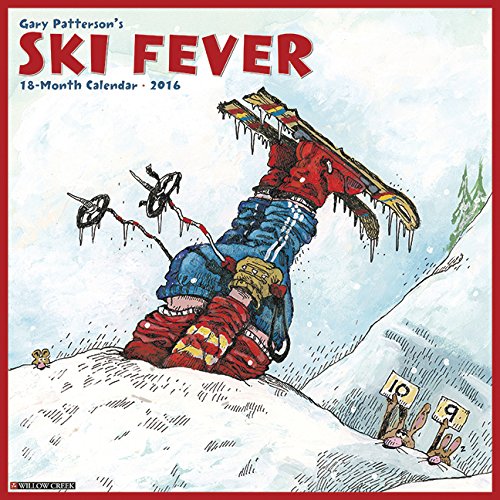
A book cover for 2016 Ski Fever (Gary Patterson) Wall Calendar; Gary Patterson; Sports & Outdoors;